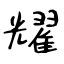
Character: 耀